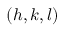
( h , k , l )